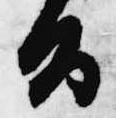
旨